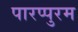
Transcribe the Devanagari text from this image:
पारप्पुरम